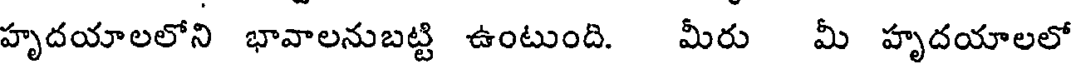
హృదయాలలోని భావాలనుబట్టి ఉంటుంది. మీరు మీ హృదయాలలో